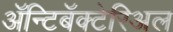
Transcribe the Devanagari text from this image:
ॲन्टिबॅक्‍टेरिअल